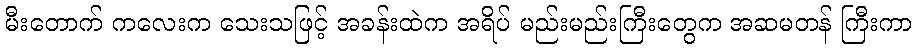
မီးတောက် ကလေးက သေးသဖြင့် အခန်းထဲက အရိပ် မည်းမည်းကြီးတွေက အဆမတန် ကြီးကာ